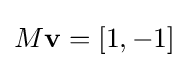
M\mathbf {v} =[1,-1]